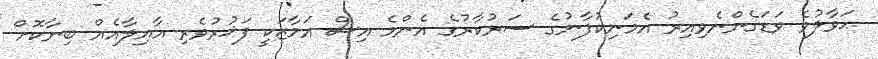
ޙަވާލުވެ ވަޑަގެންނެވިއިރު އެމަނިކުފާނުގެ ސަރުކާރުގެ އެންމެ އިސް އަމާޒަކީ ފަޚުރުވެރި އާއިލާއެއް ބިނާކޮށް